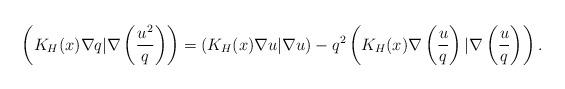
LaTeX: \begin{align*}\left(K_H(x)\nabla q| \nabla\left( \frac{u^2}{q}\right) \right)=\left(K_H(x)\nabla u|\nabla u\right)- q^2\left(K_H(x)\nabla \left( \frac{u}{q}\right) |\nabla \left( \frac{u}{q}\right) \right).\end{align*}